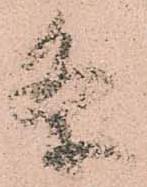
条